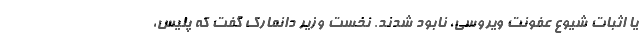
یا اثبات شیوع عفونت ویروسی، نابود شدند. نخست وزیر دانمارک گفت که پلیس،